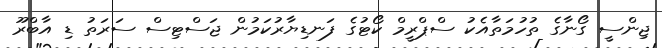
ޖިންސީ ގޯނާގެ ތުހުމަތާއެކު ސްޕްރީމް ކޯޓުގެ ފަނޑިޔާރުކަމުން ޖަސްޓިސް ސަރަތު ޑި އާބްރޫ